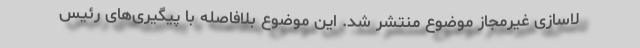
لاسازی غیرمجاز موضوع منتشر شد. این موضوع بلافاصله با پیگیری‌های رئیس